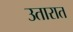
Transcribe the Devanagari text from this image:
उतारात